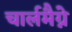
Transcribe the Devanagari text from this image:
चार्लमैग्ने